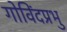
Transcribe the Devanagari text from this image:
गोविंदप्रभु